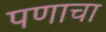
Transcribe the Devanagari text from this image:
पणाचा